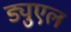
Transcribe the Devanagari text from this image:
ड्युएल